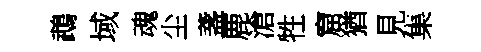
鵡域魂尘盞鹿滄牲窟猶見集